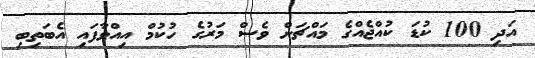
އަދި 100 ކުޑަ ކުއްޖެއްގެ މައްޗަށް ވެސް މަރުގެ ހުކުމް އިއްވާފައި އެބަތިބި